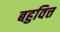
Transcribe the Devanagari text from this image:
बहुवित्त